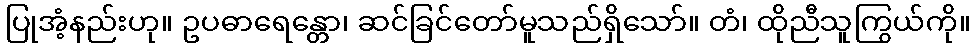
ပြုအံ့နည်းဟု။ ဥပဓာရေန္တော၊ ဆင်ခြင်တော်မူသည်ရှိသော်။ တံ၊ ထိုညီသူကြွယ်ကို။